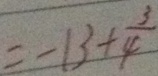
= - 1 3 + \frac { 3 } { 4 }